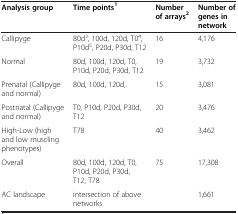
<table><thead><tr><td><b>Analysis group</b></td><td><b>Time points<sup>1</sup></b></td><td><b>Number of arrays<sup>2</sup></b></td><td><b>Number of genes in network</b></td></tr></thead><tbody><tr><td>Callipyge</td><td>80d<sup>3</sup>, 100d, 120d, T0<sup>4</sup>, P10d<sup>5</sup>, P20d, P30d, T12</td><td>16</td><td>4,176</td></tr><tr><td>Normal</td><td>80d, 100d, 120d, T0, P10d, P20d, P30d, T12</td><td>19</td><td>3,732</td></tr><tr><td>Prenatal (Callipyge and normal)</td><td>80d, 100d, 120d,</td><td>15</td><td>3,081</td></tr><tr><td>Postnatal (Callipyge and normal)</td><td>T0, P10d, P20d, P30d, T12</td><td>20</td><td>3,476</td></tr><tr><td>High-Low (high and low muscling phenotypes)</td><td>T78</td><td>40</td><td>3,462</td></tr><tr><td>Overall</td><td>80d, 100d, 120d, T0, P10d, P20d, P30d, T12, T78</td><td>75</td><td>17,308</td></tr><tr><td>AC landscape</td><td>intersection of above networks</td><td> </td><td>1,661</td></tr></tbody></table>